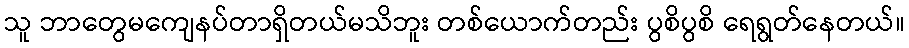
သူ ဘာတွေမကျေနပ်တာရှိတယ်မသိဘူး တစ်ယောက်တည်း ပွစိပွစိ ရေရွတ်နေတယ်။